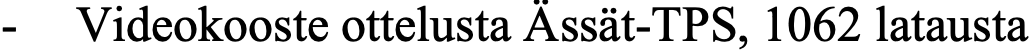
- Videokooste ottelusta Ässät-TPS, 1062 latausta